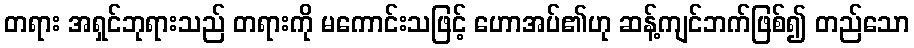
တရား အရှင်ဘုရားသည် တရားကို မကောင်းသဖြင့် ဟောအပ်၏ဟု ဆန့်ကျင်ဘက်ဖြစ်၍ တည်သော